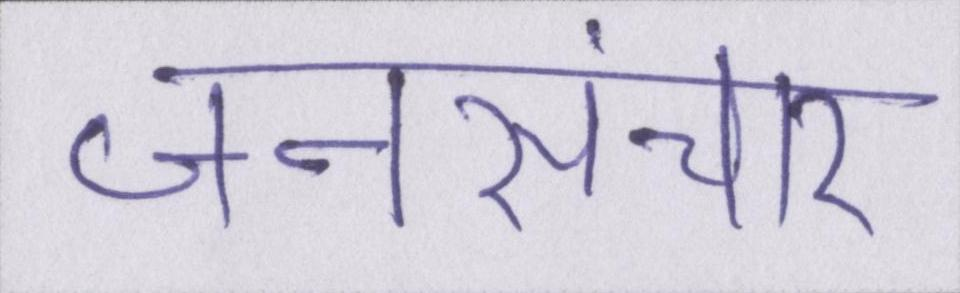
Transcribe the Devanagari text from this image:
जनसंचार